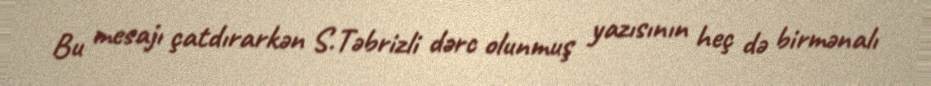
Bu mesajı çatdırarkən S.Təbrizli dərc olunmuş yazısının heç də birmənalı